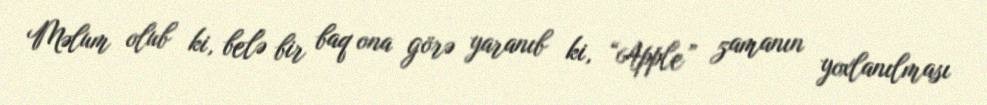
Məlum olub ki, belə bir baq ona görə yaranıb ki, “Apple” zamanın yoxlanılması